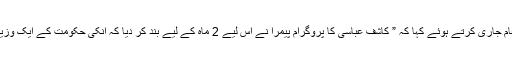
تفصیلات کے مطابق سینئر صحافی عمران خان نے ٹویٹر پر پیغام جاری کرتے ہوئے کہا کہ ” کاشف عباسی کا پروگرام پیمرا نے اس لیے 2 ماہ کے لیے بند کر دیا کہ انکی حکومت کے ایک وزیر پروگرام میں پاک فوج کا بوٹ لائے اور اسے میز پر رکھ دیا۔